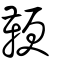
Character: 鞕